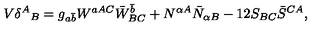
V \delta ^ { A } { } _ { B } = g _ { a \bar { b } } W ^ { a A C } \bar { W } _ { B C } ^ { \bar { b } } + N ^ { \alpha A } \bar { N } _ { \alpha B } - 1 2 S _ { B C } \bar { S } ^ { C A } ,